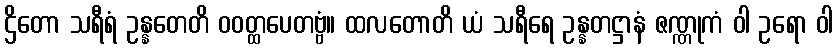
ဌိတော သရီရံ ဥန္နတေတိ ဝဝတ္ထပေတဗ္ဗံ။ ထလတောတိ ယံ သရီရေ ဥန္နတဋ္ဌာနံ ဇဏ္ဏုကံ ဝါ ဥရော ဝါ